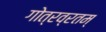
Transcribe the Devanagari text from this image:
गोत्रव्रतम्